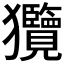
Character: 𤣟